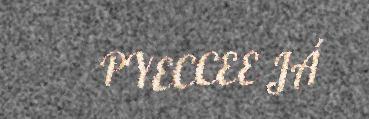
PYECCEE JÁ